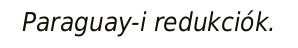
Paraguay-i redukciók.